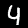
Label: 4